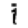
Digit: 1